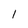
Character: 1